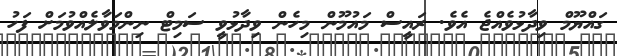
ގައްޔޫމް ވިދާޅުވެއްޖެ އެވެ. ރައީސް މައުމޫން މިހެން ވިދާޅުވީ ސަމިޓް ނިންމަވާލެއްވުމަށް ފަހު